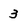
Character: 3